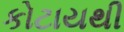
કોટાયથી